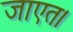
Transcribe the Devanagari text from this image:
जाएत।